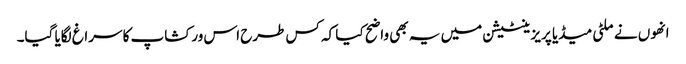
انھوں نے ملٹی میڈیا پریزینٹیشن میں یہ بھی واضح کیا کہ کس طرح اس ورکشاپ کا سراغ لگایا گیا۔